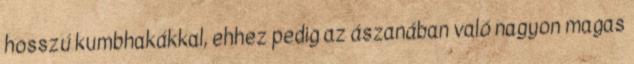
hosszú kumbhakákkal, ehhez pedig az ászanában való nagyon magas